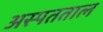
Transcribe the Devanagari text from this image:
अस्पतताल